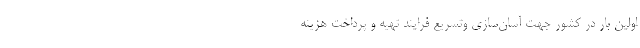
اولین بار در کشور جهت آسان‌سازی وتسریع فرایند تهیه و پرداخت هزینه